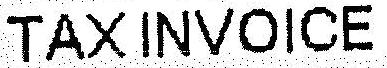
TAX INVOICE